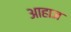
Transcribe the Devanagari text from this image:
आहाज